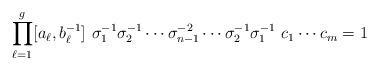
LaTeX: \begin{align*} \prod_{\ell=1}^g [a_\ell, b_\ell^{-1}]\,\, \sigma_1^{-1} \sigma_2^{-1} \cdots \sigma_{n-1}^{-2} \cdots \sigma_2^{-1} \sigma_1^{-1} \,\, c_1 \cdots c_m =1 \end{align*}